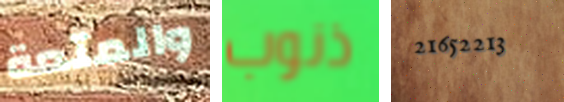
والمتعة ذنوب 21652213